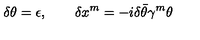
\delta \theta = \epsilon , \qquad \delta x ^ { m } = - i \delta \bar { \theta } \gamma ^ { m } \theta